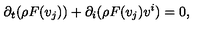
\partial _ { t } ( \rho F ( v _ { j } ) ) + \partial _ { i } ( \rho F ( v _ { j } ) v ^ { i } ) = 0 ,